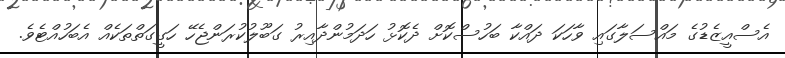
އެސްއީޒެޑުގެ މައްސަލާގައި ވާހަކަ ދައްކާ ބަހުސްކޮށް ދެކޮޅު ހަދަމުންދާއިރު ގަބޫލުކުރަންޖެހޭ ހަގީގަތްތަކެއް އެބަހުއްޓެވެ.